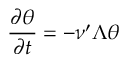
\frac { \partial \theta } { \partial t } = - \nu ^ { \prime } \Lambda \theta